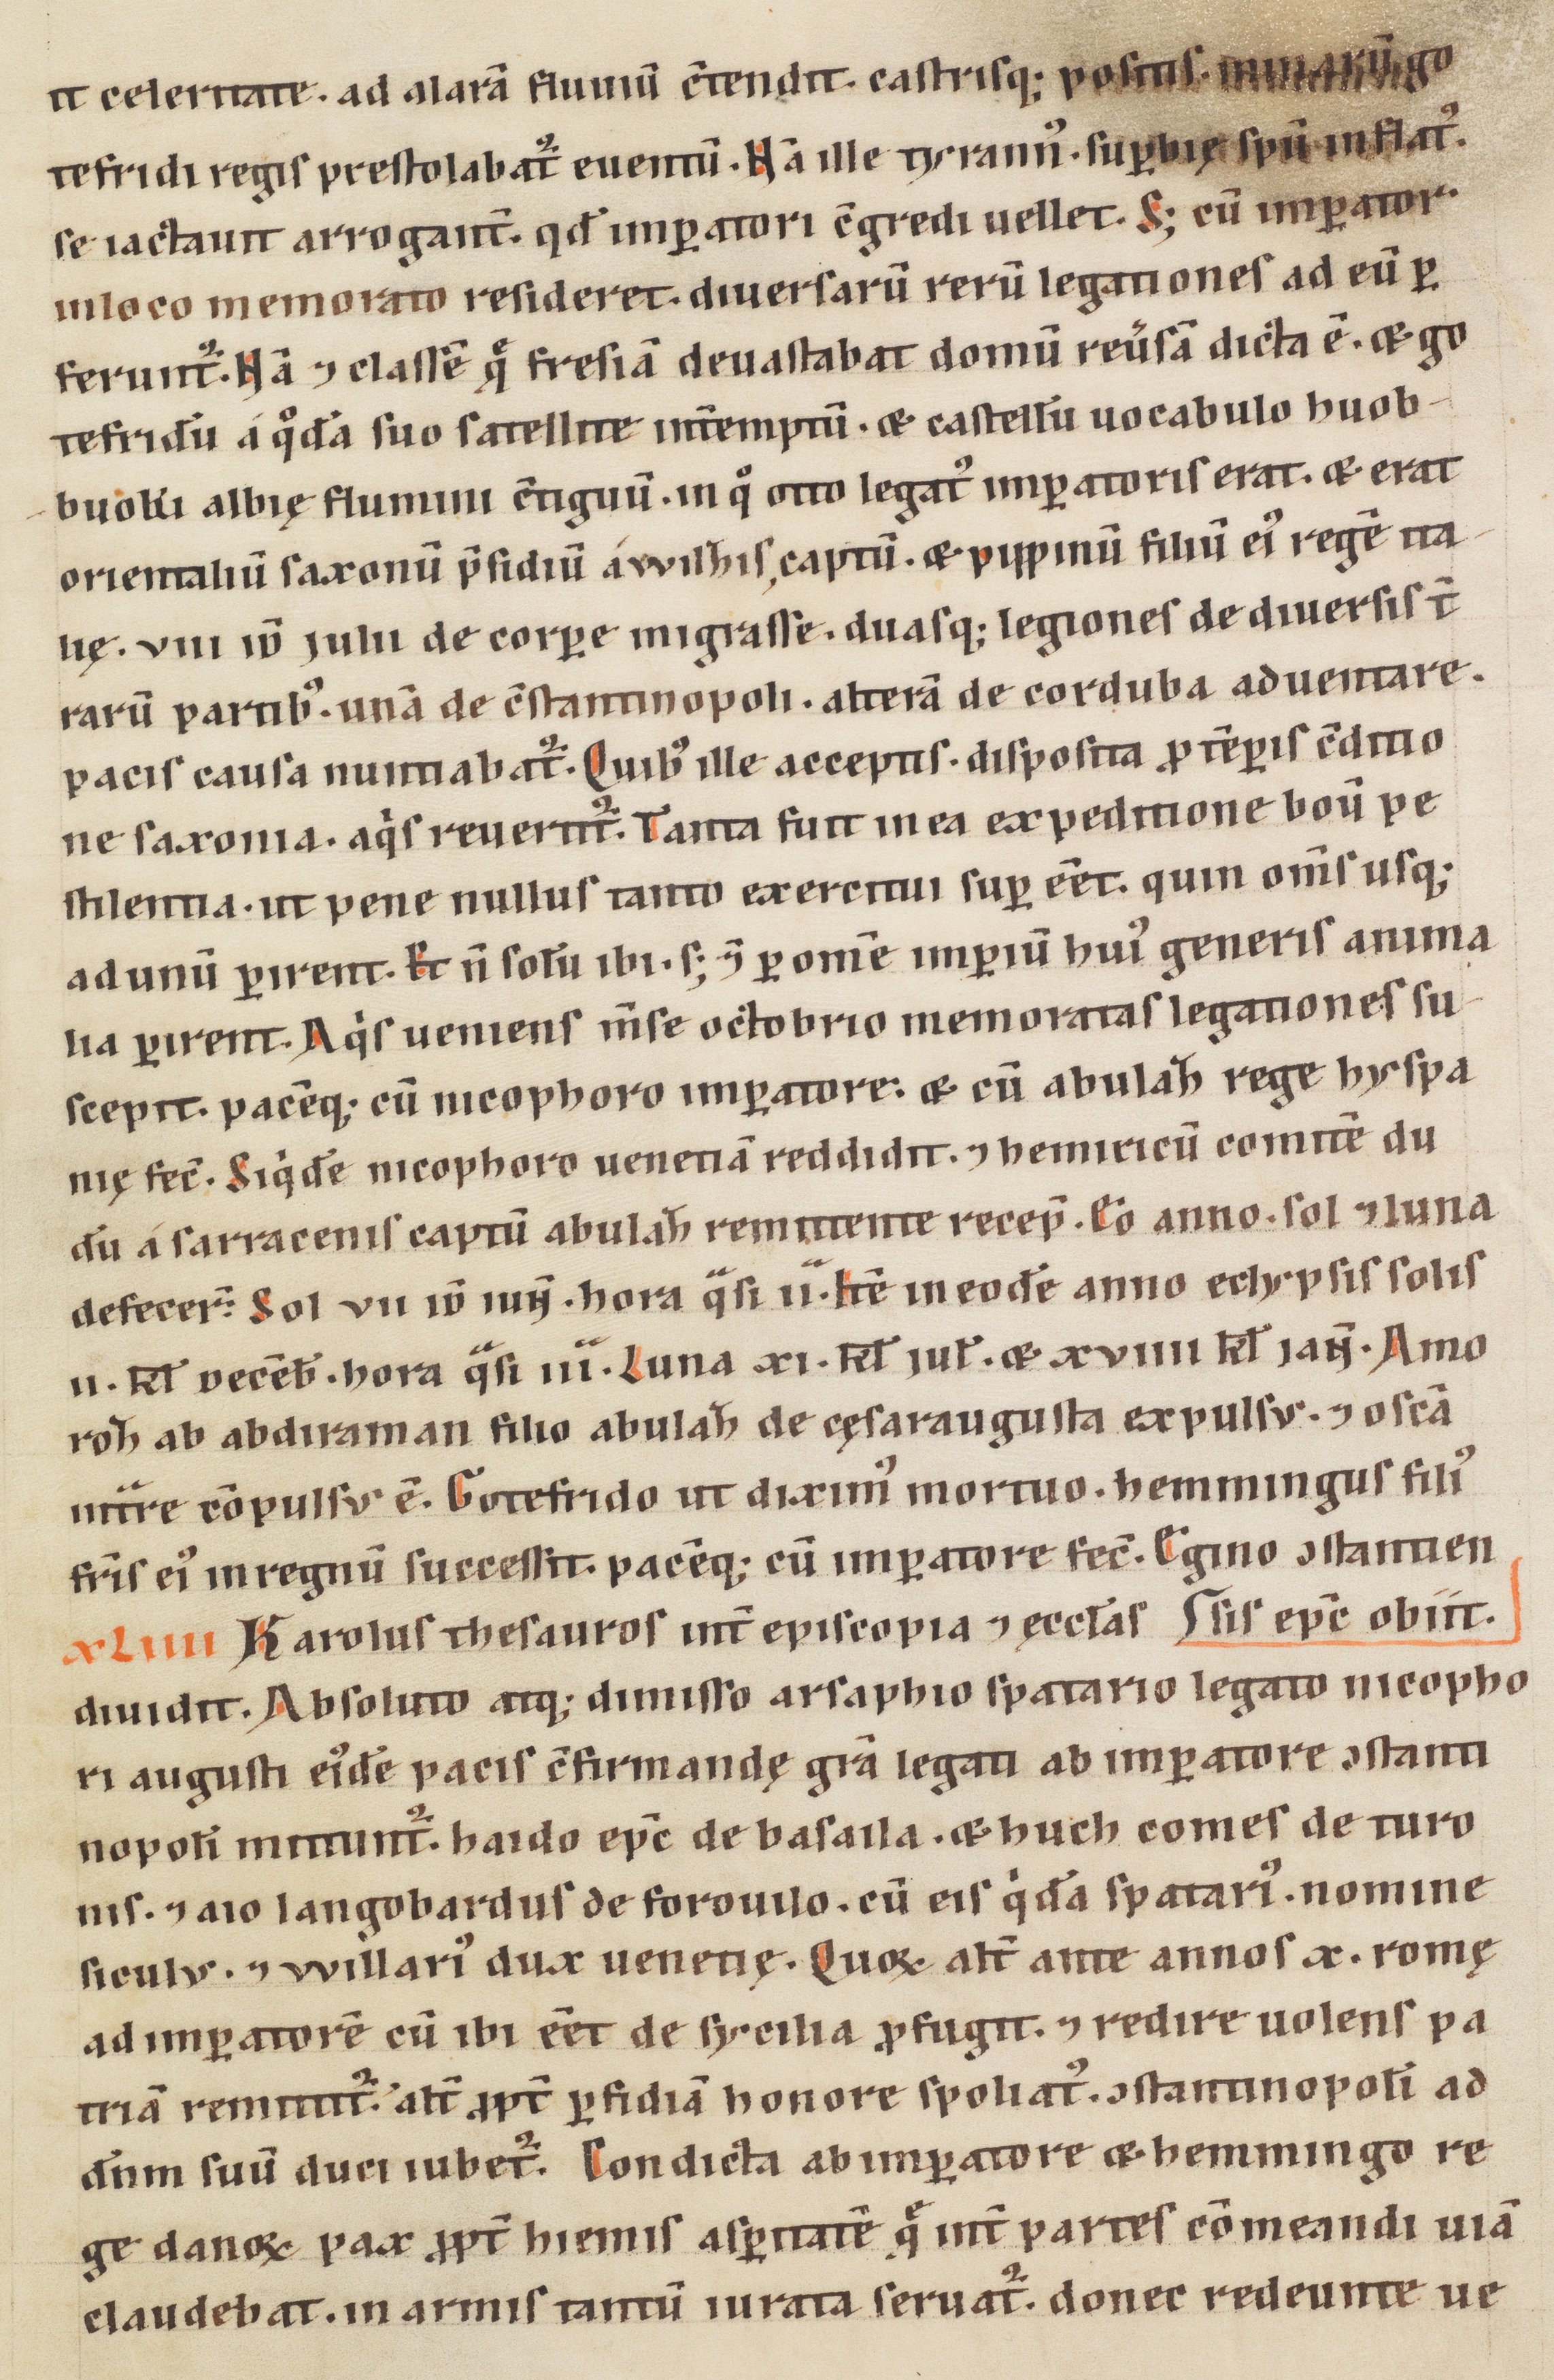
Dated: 1160–1190